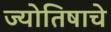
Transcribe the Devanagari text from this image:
ज्योतिषाचे